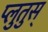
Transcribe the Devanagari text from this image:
प्लुतुस्